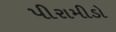
પીરામીડો